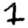
Digit: 1